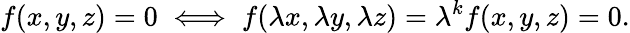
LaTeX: f(x,y,z)=0\iff f(\lambda x,\lambda y,\lambda z)=\lambda^{k}f(x,y,z)=0.